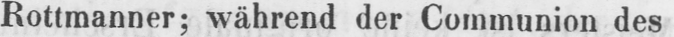
Rottmanner; während der Communion des